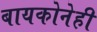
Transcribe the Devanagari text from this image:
बायकोनेही